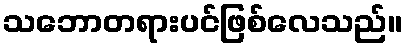
သဘောတရားပင်ဖြစ်လေသည်။